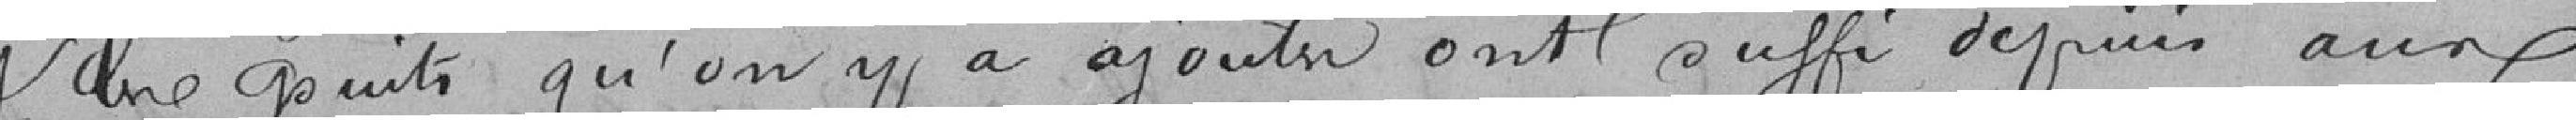
et les puits qu'on y a ajouté ont suffi depuis aux